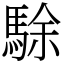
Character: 駼